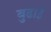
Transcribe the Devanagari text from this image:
बुढाई